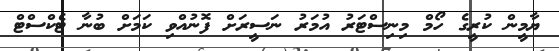
ޔާމީން ކުރީގެ ހޯމް މިނިސްޓަރު އުމަރު ނަސީރަށް ފޮނުއްވި ކަމަށް ބުނާ ޓެކްސްޓް